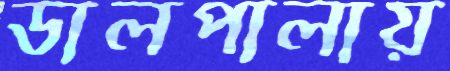
ডালপালায়